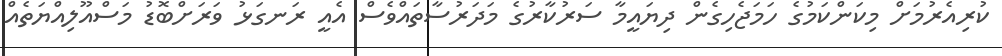
ކުރިއެރުމަށް މިކަންކަމުގެ ހަމަޖެހިގެން ދިޔައީމާ ސަރުކާރުގެ މަދަރުސާތައްވެސް އެއީ ރަނގަޅު ވަރަށްބޮޑު މަސްއޫލިއްޔަތެއް